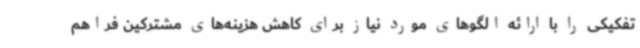
تفکیکی را با ارائه الگوهای مورد نیاز برای کاهش هزینه‌های مشترکین فراهم